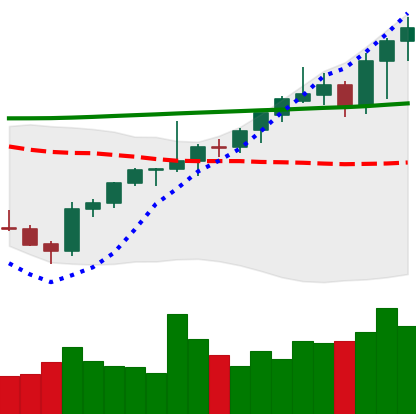
Ticker: ETH-USD
Chart end date: 2021-08-06
Forward return: 9.454%
Label: up_7plus